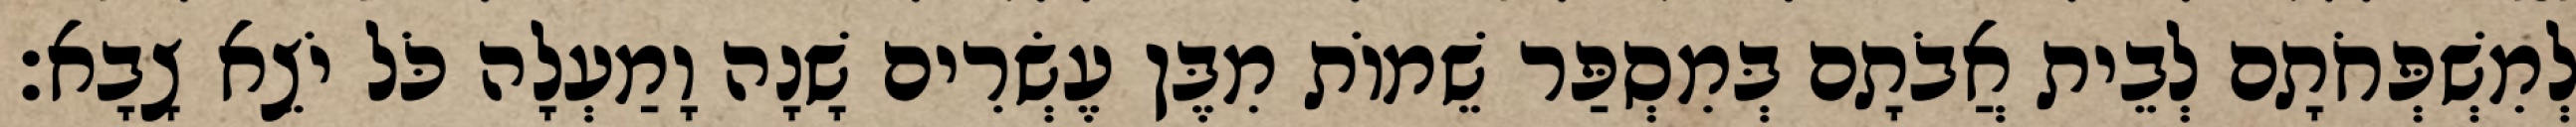
לְמִשְׁפְּחֹתָם לְבֵית אֲבֹתָם בְּמִסְפַּר שֵׁמוֹת מִבֶּן עֶשְׂרִים שָׁנָה וָמַעְלָה כֹּל יֹצֵא צָבָא׃